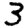
Digit: 3